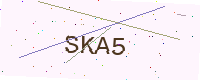
Text: SKA5